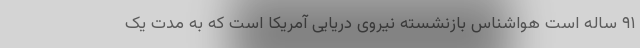
۹۱ ساله است هواشناس بازنشسته نیروی دریایی آمریکا است که به مدت یک